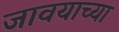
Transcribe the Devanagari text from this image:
जावयाच्या